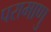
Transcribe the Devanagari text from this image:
परामाणु